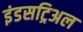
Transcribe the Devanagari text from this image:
इंडसट्रिअल